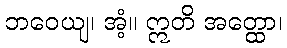
ဘဝေယျ၊ အံ့။ ဣတိ အတ္ထော၊